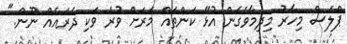
ޕްލަސް މިހާރު މިދިމާވެގެން އުޅޭ ކަންތައް މަރަށް ވުރެ ވަކި ދެރައެއް ނޫން."